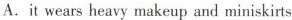
A.it wears heavy makeup and miniskirts